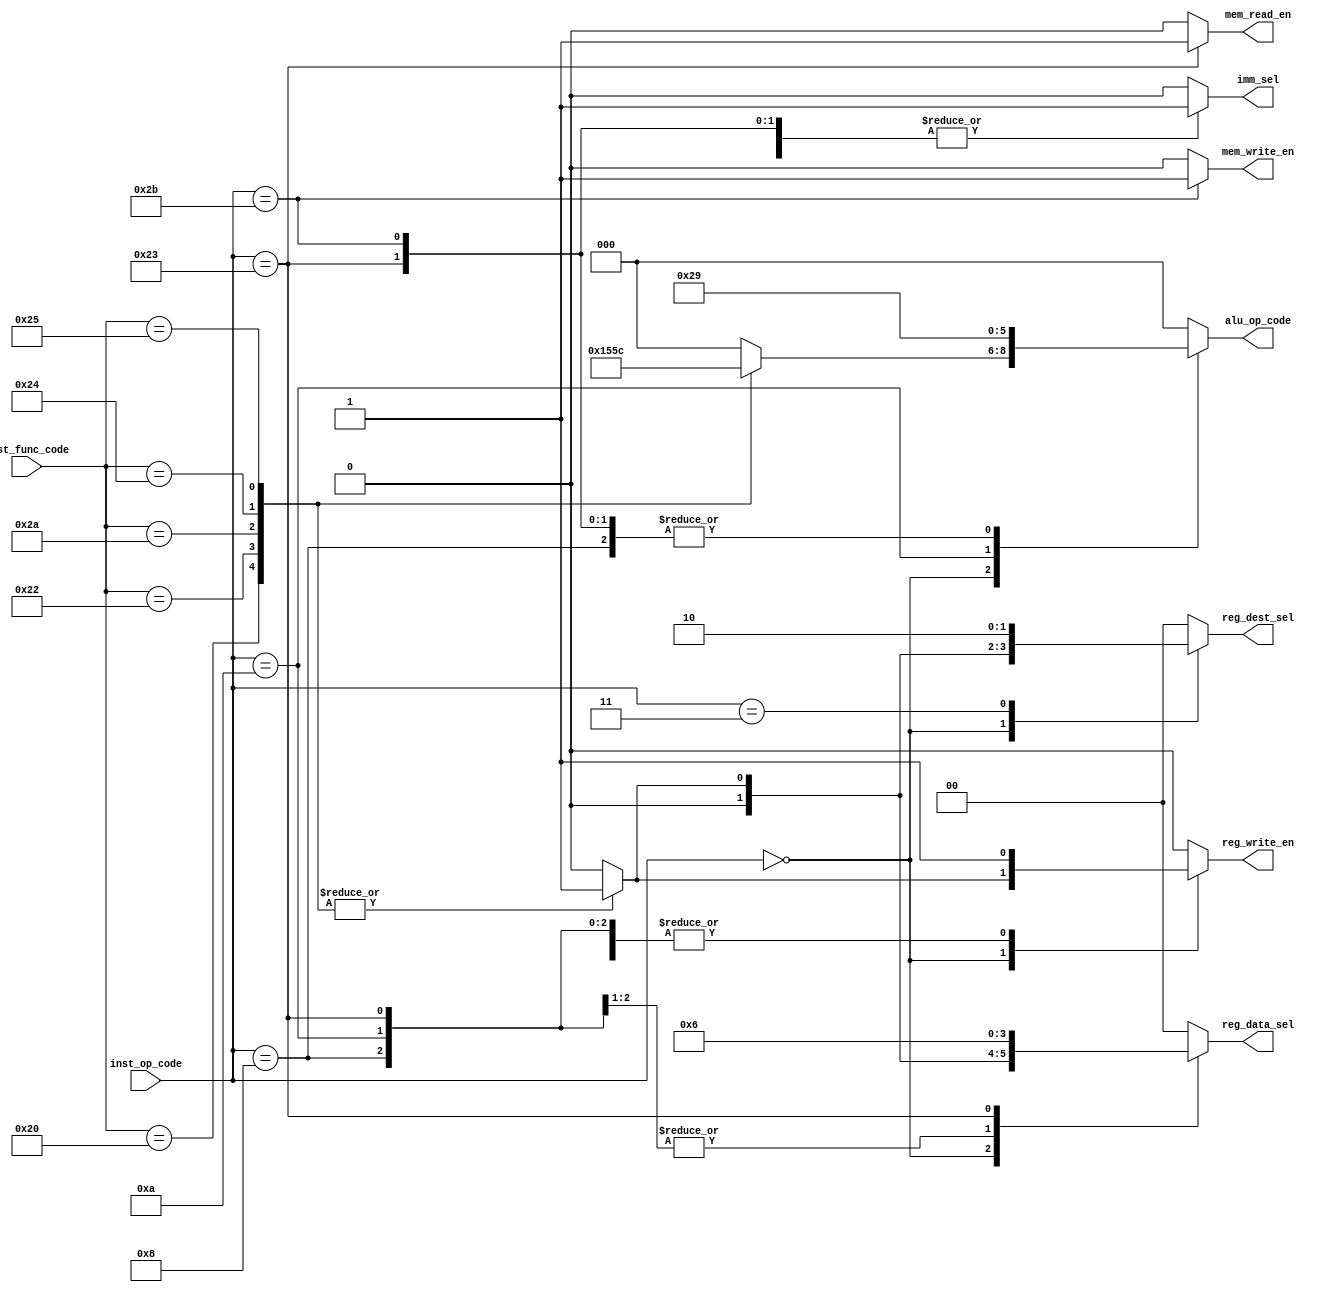
`define r_type 6'b0 

`define addi 6'b001000 
`define slti 6'b001010

`define lw 6'b100011
`define sw 6'b101011

`define beq 6'b000100
`define j 6'b000010
`define jal 6'b000011

`define f_add 6'b100000
`define f_sub 6'b100010
`define f_slt 6'b101010
`define f_and 6'b100100
`define f_or 6'b100101
`define f_jr 6'b001000

`define no_op 6'b0

`define no_op_alu 3'd0
`define add_alu_op 3'd1
`define sub_alu_op 3'd2
`define and_alu_op 3'd3
`define or_alu_op 3'd4
`define slt_alu_op 3'd5


module Controller (
    inst_op_code,
    inst_func_code,
    imm_sel,
    mem_write_en,
    mem_read_en,
    reg_dest_sel,
    reg_data_sel,
    reg_write_en,
    alu_op_code
);

  input [5:0] inst_op_code, inst_func_code;

  output reg imm_sel;
  output reg mem_write_en, mem_read_en;
  output reg [1:0] reg_dest_sel, reg_data_sel;
  output reg reg_write_en;
  output reg [2:0] alu_op_code;

  always @(inst_op_code, inst_func_code) begin
    imm_sel = 1'b0;
    mem_write_en = 1'b0;
    mem_read_en = 1'b0;
    reg_dest_sel = 2'b0;
    reg_data_sel = 2'b0;
    reg_write_en = 1'b0;
    alu_op_code = 3'd0;

    case (inst_op_code)
      `r_type: begin
        case (inst_func_code)
          `no_op: begin
            imm_sel = 1'b0;
            mem_write_en = 1'b0;
            mem_read_en = 1'b0;
            reg_dest_sel = 2'b0;
            reg_data_sel = 2'b0;
            reg_write_en = 1'b0;
            alu_op_code = 3'd0;
          end
          `f_add: begin
            imm_sel = 1'b0;
            mem_write_en = 1'b0;
            mem_read_en = 1'b0;
            reg_dest_sel = 2'd1;
            reg_data_sel = 2'd1;
            reg_write_en = 1'b1;
            alu_op_code = `add_alu_op;
          end
          `f_sub: begin
            imm_sel = 1'b0;
            mem_write_en = 1'b0;
            mem_read_en = 1'b0;
            reg_dest_sel = 2'd1;
            reg_data_sel = 2'd1;
            reg_write_en = 1'b1;
            alu_op_code = `sub_alu_op;
          end
          `f_slt: begin
            imm_sel = 1'b0;
            mem_write_en = 1'b0;
            mem_read_en = 1'b0;
            reg_dest_sel = 2'd1;
            reg_data_sel = 2'd1;
            reg_write_en = 1'b1;
            alu_op_code = `slt_alu_op;
          end
          `f_and: begin
            imm_sel = 1'b0;
            mem_write_en = 1'b0;
            mem_read_en = 1'b0;
            reg_dest_sel = 2'd1;
            reg_data_sel = 2'd1;
            reg_write_en = 1'b1;
            alu_op_code = `and_alu_op;
          end
          `f_or: begin
            imm_sel = 1'b0;
            mem_write_en = 1'b0;
            mem_read_en = 1'b0;
            reg_dest_sel = 2'd1;
            reg_data_sel = 2'd1;
            reg_write_en = 1'b1;
            alu_op_code = `or_alu_op;
          end
          `f_jr: begin
            imm_sel = 1'b0;
            mem_write_en = 1'b0;
            mem_read_en = 1'b0;
            reg_dest_sel = 2'd0;
            reg_data_sel = 2'd0;
            reg_write_en = 1'b0;
            alu_op_code = `no_op_alu;
          end
        endcase
      end
      `addi: begin
        imm_sel = 1'b1;
        mem_write_en = 1'b0;
        mem_read_en = 1'b0;
        reg_dest_sel = 2'd0;
        reg_data_sel = 2'd1;
        reg_write_en = 1'b1;
        alu_op_code = `add_alu_op;
      end
      `slti: begin
        imm_sel = 1'b1;
        mem_write_en = 1'b0;
        mem_read_en = 1'b0;
        reg_dest_sel = 2'd0;
        reg_data_sel = 2'd1;
        reg_write_en = 1'b1;
        alu_op_code = `slt_alu_op;
      end
      `lw: begin
        imm_sel = 1'b1;
        mem_write_en = 1'b0;
        mem_read_en = 1'b1;
        reg_dest_sel = 2'd0;
        reg_data_sel = 2'd2;
        reg_write_en = 1'b1;
        alu_op_code = `add_alu_op;
      end
      `sw: begin
        imm_sel = 1'b1;
        mem_write_en = 1'b1;
        mem_read_en = 1'b0;
        reg_dest_sel = 2'd0;
        reg_data_sel = 2'd0;
        reg_write_en = 1'b0;
        alu_op_code = `add_alu_op;
      end
      `beq: begin
        imm_sel = 1'b0;
        mem_write_en = 1'b0;
        mem_read_en = 1'b0;
        reg_dest_sel = 2'd0;
        reg_data_sel = 2'd0;
        reg_write_en = 1'b0;
        alu_op_code = `no_op_alu;
      end
      `j: begin
        imm_sel = 1'b0;
        mem_write_en = 1'b0;
        mem_read_en = 1'b0;
        reg_dest_sel = 2'd0;
        reg_data_sel = 2'd0;
        reg_write_en = 1'b0;
        alu_op_code = `no_op_alu;
      end
      `jal: begin
        imm_sel = 1'b0;
        mem_write_en = 1'b0;
        mem_read_en = 1'b0;
        reg_dest_sel = 2'd2;
        reg_data_sel = 2'd0;
        reg_write_en = 1'b1;
        alu_op_code = `no_op_alu;
      end

    endcase
  end


endmodule